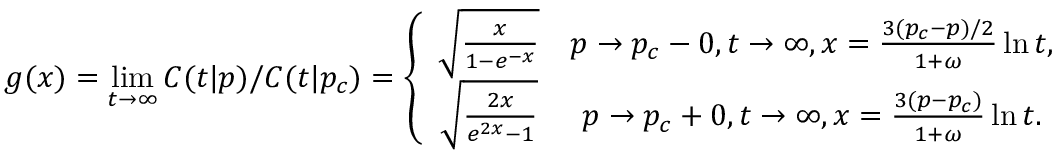
g ( x ) = \operatorname* { l i m } _ { t \to \infty } C ( t | p ) / C ( t | p _ { c } ) = \left\{ \begin{array} { c c } { \sqrt { \frac { x } { 1 - e ^ { - x } } } } & { p \to p _ { c } - 0 , t \to \infty , x = \frac { 3 ( p _ { c } - p ) / 2 } { 1 + \omega } \ln t , } \\ { \sqrt { \frac { 2 x } { e ^ { 2 x } - 1 } } } & { p \to p _ { c } + 0 , t \to \infty , x = \frac { 3 ( p - p _ { c } ) } { 1 + \omega } \ln t . } \end{array} \right.